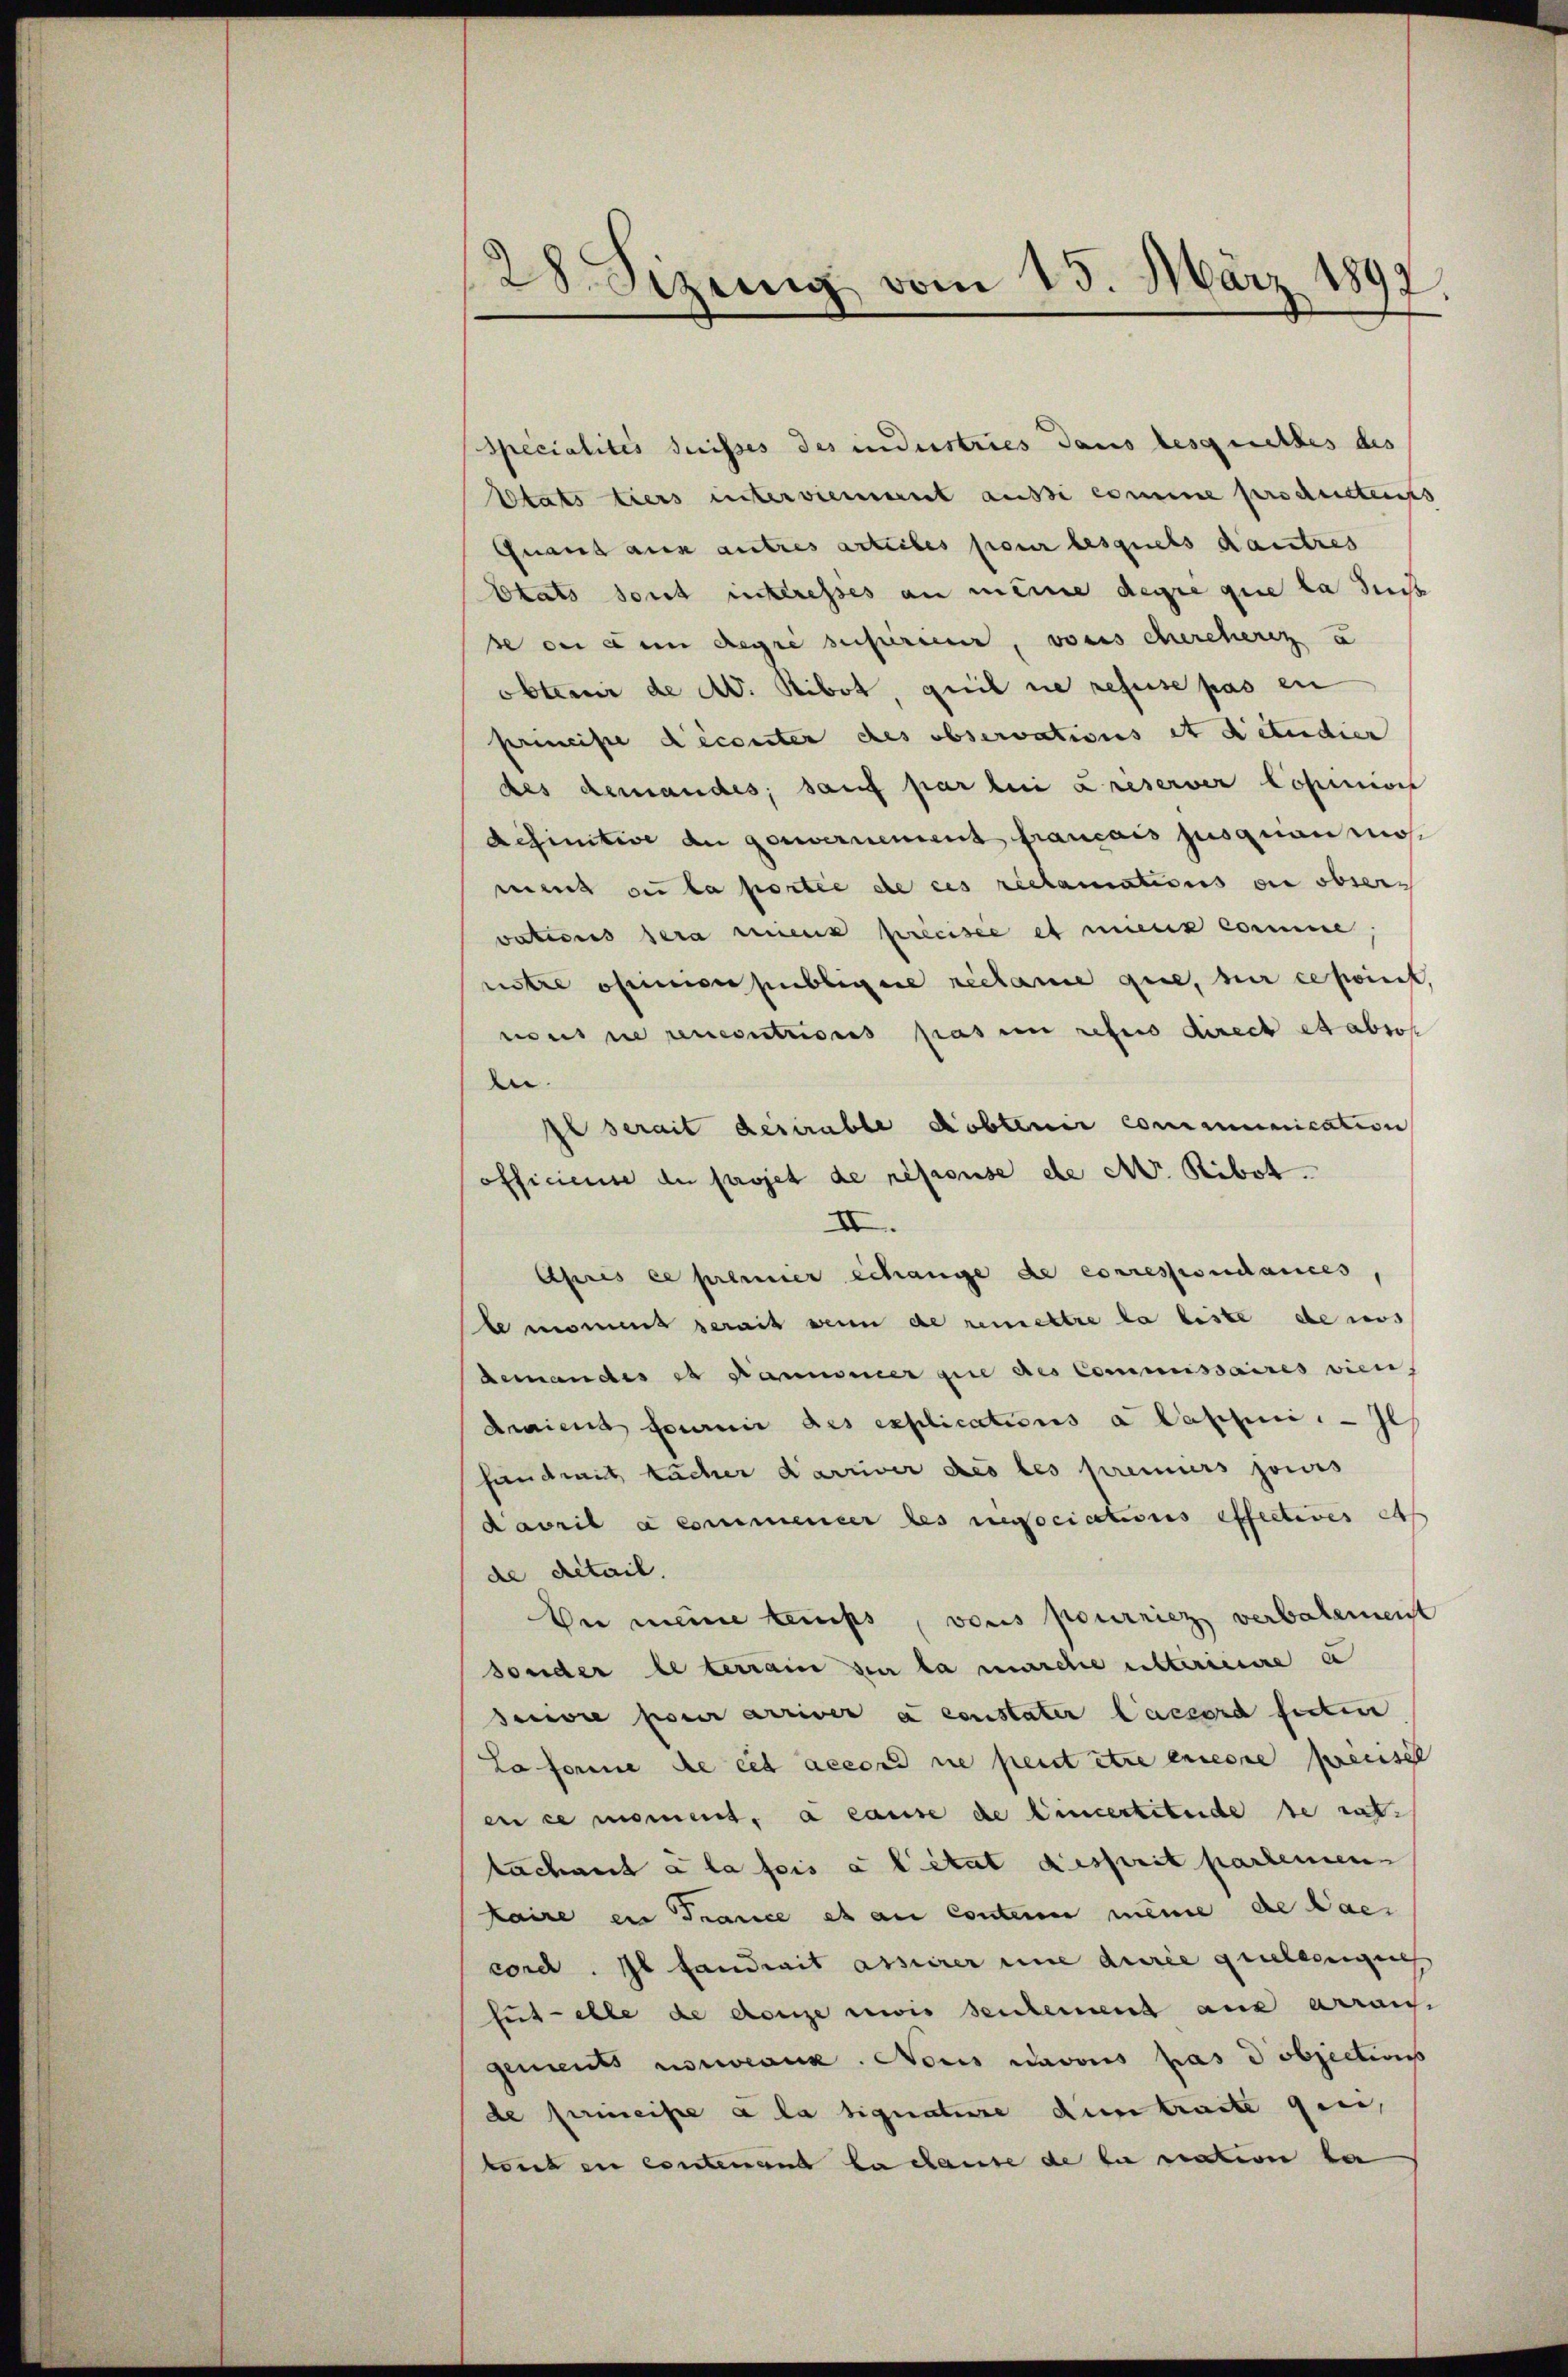
128. Sizung vom 15. März 1892,

Specialités dreisses des indestries dans lesquittes des
Etats tiers untervienment ausse comme productens
Guand aus autres arteiles pour lesquels dautres
Okats sont interesses an meine degre que la sucht
se ou den degré superier, vons chercherig a
obtenir de A. Ribot quit die refuse pas en
principe déconter des observations et detendier
des demandes; sauf par lein Kreserver Copinions
Definitive du gouvernement francois jusquam mo-
mens zu la portie de ces reclamations en obers
vationes sera mens précisée et minis comme.
notre obenen publicire reclame que, sur cepoint,
mus in unentrices pas en refus direct et absof
n.
Il serait desirable debtenir communication
officienne de projet de réseouse de A. Ribot.
II.
Après ce premier Schange de corressiondances,
le moment serait wenn de remettre la liste de aus
demandes es kannsmer zue des Commissaires vien,
daient fournir des explications a Passini. — Il
fand mit kocher Karriver des les premiers jouis
Davril a commener des nociations effectives das
de detail.
Der meine temps, vons pourriez verbalement
sonder le terrain zur la marche insteriente e
suivre pour arriver à constater Laccord ferti
La forme de cet accord sie peut être encore pensel
en ce moment, à cause de Vincertetende se rat
tachnet à la fois a litat desprit partemen
kaire ein France es an contenen meine de laes
cord. Il fandrait assierer eine durée queleseigens
fut - elle de ganze wissenheiment aus arrau-
gements unwesen. Nonis navous pas dobjections
de perineise à la signature ain tracte qui,
tont eu contenant la clause de sie nation der